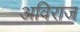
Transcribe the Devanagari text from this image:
अविराज